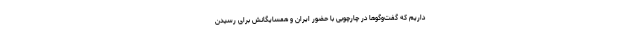
داریم که گفت‌وگوها در چارچوبی با حضور ایران و همسایگانش برای رسیدن